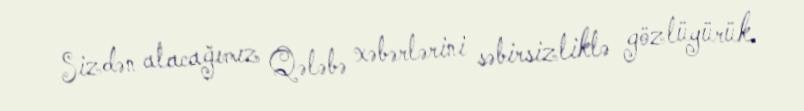
Sizdən alacağımız Qələbə xəbərlərini səbirsizliklə gözlüyürük.